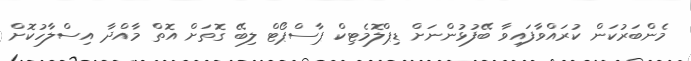
މެންބަރުކަން ކުރައްވާފައިވާ ބޭފުޅުންނަށް ޑިޕްލޮމެޓިކް ޕާސްޕޯޓް ލިބޭ ގޮތަށް އޮތް މާއްދާ އިސްލާހުކޮށް